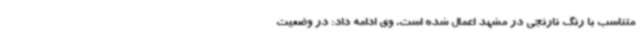
متناسب با رنگ نارنجی در مشهد اعمال شده است. وی ادامه داد: در وضعیت